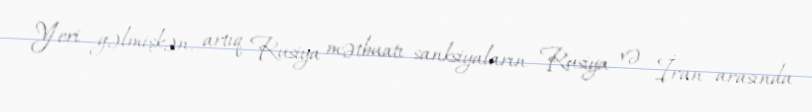
Yeri gəlmişkən, artıq Rusiya mətbuatı sanksiyaların Rusiya və İran arasında